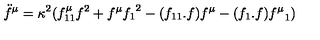
\ddot { f } ^ { \mu } = \kappa ^ { 2 } ( f _ { 1 1 } ^ { \mu } f ^ { 2 } + f ^ { \mu } { f _ { 1 } } ^ { 2 } - ( f _ { 1 1 } . f ) f ^ { \mu } - ( f _ { 1 } . f ) { f ^ { \mu } } _ { 1 } )